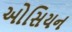
ઓસિયન